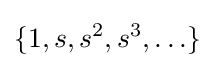
\{1,s,s^{2},s^{3},\ldots \}